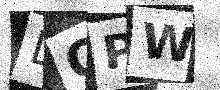
Text: LQPW